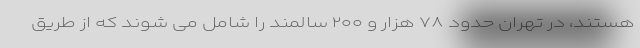
هستند، در تهران حدود ۷۸ هزار و ۲۰۰ سالمند را شامل می شوند که از طریق